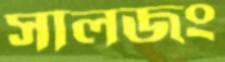
সালজং